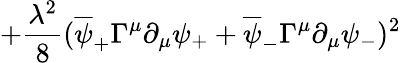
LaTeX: +{\frac{\lambda^{2}}{8}}(\overline{{{\psi}}}_{+}\Gamma^{\mu}\partial_{\mu}\psi_{+}+\overline{{{\psi}}}_{-}\Gamma^{\mu}\partial_{\mu}\psi_{-})^{2}